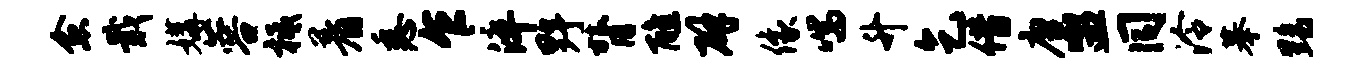
愈戢媾蓉柢着悉乍淬野膂醮辟像喘升乞借唐盥同泠摹黝